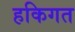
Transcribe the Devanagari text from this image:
हकिगत